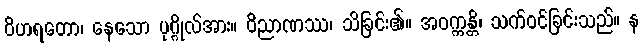
ဝိဟရတော၊ နေသော ပုဂ္ဂိုလ်အား။ ဝိညာဏဿ၊ သိခြင်း၏။ အဝက္ကန္တိ၊ သက်ဝင်ခြင်းသည်။ န